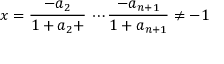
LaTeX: x = { \frac { - a _ { 2 } } { 1 + a _ { 2 } + } } \, \cdots { \frac { - a _ { n + 1 } } { 1 + a _ { n + 1 } } } \neq - 1